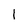
Character: 1